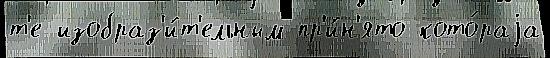
т'е изобраз'и́т'ельным пр'и́н'ято кото́раjа